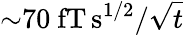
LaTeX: {\sim}70~\mathrm{fT\, s^{1/2}}/{\sqrt{t}}